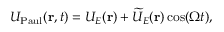
U _ { \mathrm { P a u l } } ( \mathbf { r } , t ) = U _ { E } ( \mathbf { r } ) + \widetilde { U } _ { E } ( \mathbf { r } ) \cos ( \Omega t ) ,